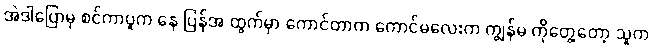
အဲဒါပြောမှ စင်ကာပူက နေ ပြန်အ ထွက်မှာ ကောင်တာက ကောင်မလေးက ကျွန်မ ကိုတွေ့တော့ သူက